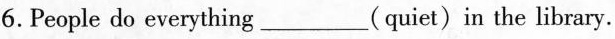
6.People do everything___(quiet)in the library.